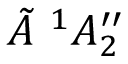
\tilde { A } \ { } ^ { 1 } A _ { 2 } ^ { \prime \prime }